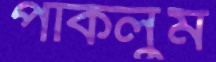
পাকলুম